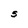
Character: S